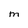
Character: M